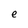
Character: e